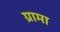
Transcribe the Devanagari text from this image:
ग्रामा